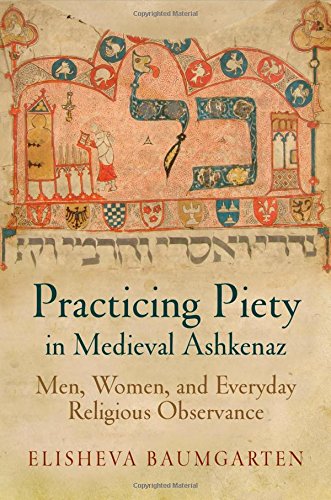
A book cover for Practicing Piety in Medieval Ashkenaz: Men, Women, and Everyday Religious Observance (Jewish Culture and Contexts); Elisheva Baumgarten; Religion & Spirituality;